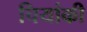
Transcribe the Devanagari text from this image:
चियांकी